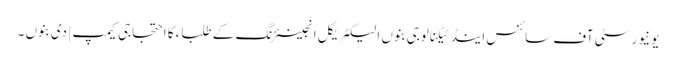
یونیورسٹی آف سائنس اینڈ ٹیکنالوجی بنوں الیکٹریکل انجینئرنگ کے طلباء کا احتجاجی کیمپ | دی بنوں ۔